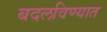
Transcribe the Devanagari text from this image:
बदलविण्यात